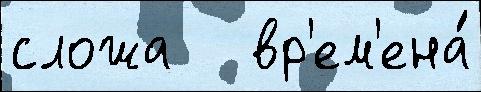
сложа   вр'ем'ена́